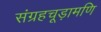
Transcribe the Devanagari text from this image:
संग्रहचूड़ामणि